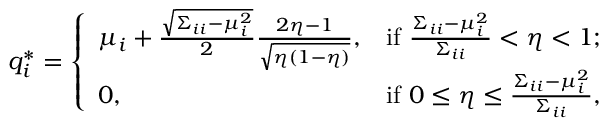
q _ { i } ^ { * } = \left\{ \begin{array} { l l } { \mu _ { i } + \frac { \sqrt { \Sigma _ { i i } - \mu _ { i } ^ { 2 } } } { 2 } \frac { 2 \eta - 1 } { \sqrt { \eta ( 1 - \eta ) } } , } & { \mathrm { i f ~ } \frac { \Sigma _ { i i } - \mu _ { i } ^ { 2 } } { \Sigma _ { i i } } < \eta < 1 ; } \\ { 0 , } & { \mathrm { i f ~ } 0 \leq \eta \leq \frac { \Sigma _ { i i } - \mu _ { i } ^ { 2 } } { \Sigma _ { i i } } , } \end{array} \right.